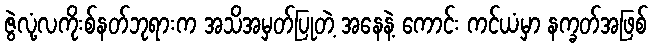
ဇွဲလုံ့လကိုးစ်နတ်ဘုရားက အသိအမှတ်ပြုတဲ့ အနေနဲ့ ကောင်း ကင်ယံမှာ နက္ခတ်အဖြစ်